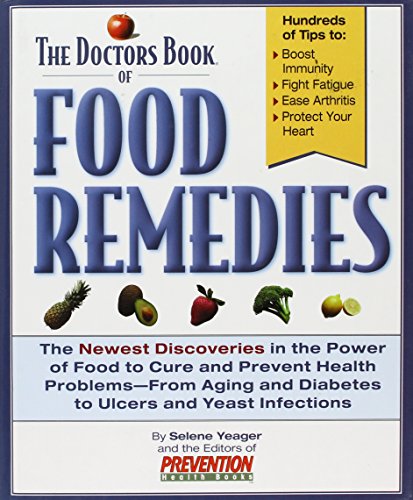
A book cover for The Doctors Book of Food Remedies: The Newest Discoveries in the Power of Food to Treat and Prevent Health Problems-From Aging and Diabetes to Ulcers; Selene Yeager; Health, Fitness & Dieting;